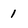
Character: 1